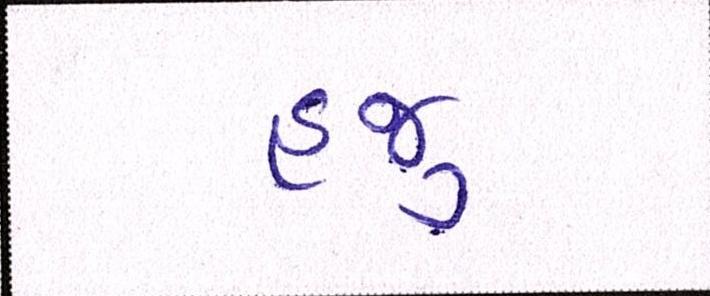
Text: હજુ